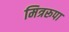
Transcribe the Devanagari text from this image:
मित्ररूपा